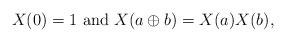
LaTeX: \begin{align*}X(0)=1~\mathrm{and}~X(a\oplus b)=X(a)X(b),\end{align*}